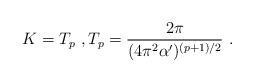
LaTeX: \begin{align*}K=T_p \ , T_p=\frac{2\pi}{(4\pi^2\alpha')^{(p+1)/2}} \ .\end{align*}